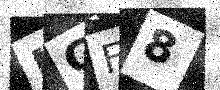
Text: LGF8